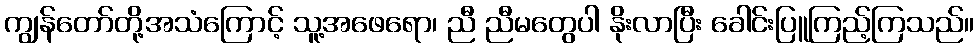
ကျွန်တော်တို့အသံကြောင့် သူ့အဖေရော၊ ညီ ညီမတွေပါ နိုးလာပြီး ခေါင်းပြူကြည့်ကြသည်။